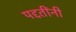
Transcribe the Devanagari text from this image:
पद्दतींनी